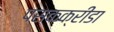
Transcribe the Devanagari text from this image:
पसकक्रीडा